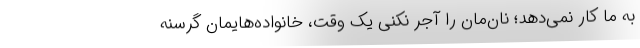
به ما کار نمی‌دهد؛ نان‌مان را آجر نکنی یک وقت، خانواده‌هایمان گرسنه